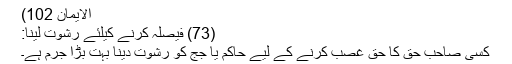
الایمان 102)
(73) فیصلہ کرنے کیلئے رشوت لینا:
کسی صاحب حق کا حق غصب کرنے کے لیے حاکم یا جج کو رشوت دینا بہت بڑا جرم ہے۔